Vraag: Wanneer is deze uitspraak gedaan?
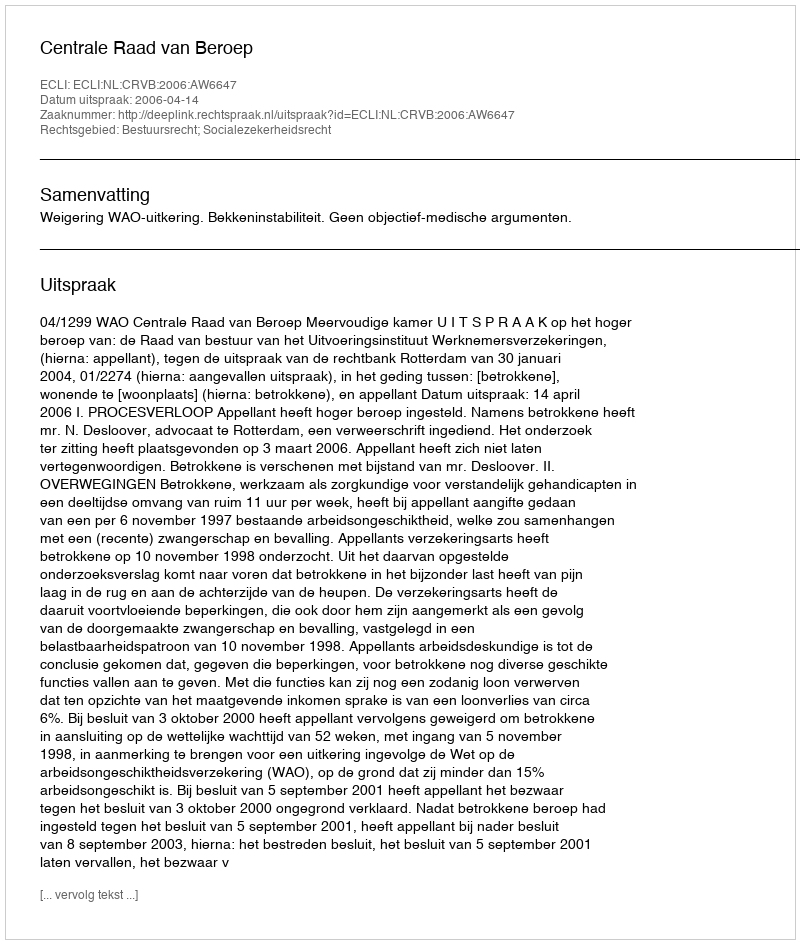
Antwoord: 2006-04-14